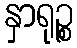
နှာရုဉ္စ